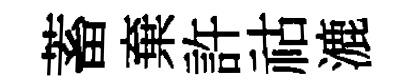
蓄棄許祜漉